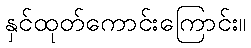
နှင်ထုတ်ကောင်းကြောင်း။